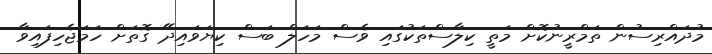
މުދައްރިސުން ތަމްރީނުކޮށް މަތީ ކިލާސްތަކުގައި ވެސް މަހަލް ބަސް ކިޔަވައިދޭ ގޮތަށް ހަމަޖެހިފައިވާ